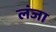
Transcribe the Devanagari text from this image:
लंजा